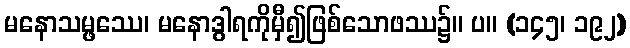
မနောသမ္ဖဿေ၊ မနောဒွါရကိုမှီ၍ဖြစ်သောဖဿ၌။ ပ။ (၁၄၅၊ ၁၉၂)